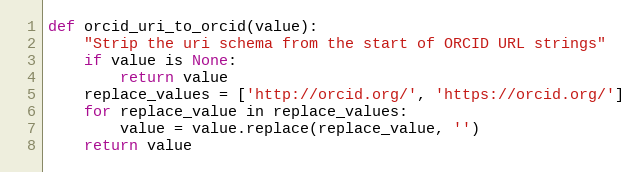
Language: Python
def orcid_uri_to_orcid(value):
    "Strip the uri schema from the start of ORCID URL strings"
    if value is None:
        return value
    replace_values = ['http://orcid.org/', 'https://orcid.org/']
    for replace_value in replace_values:
        value = value.replace(replace_value, '')
    return value